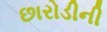
છારોડીની